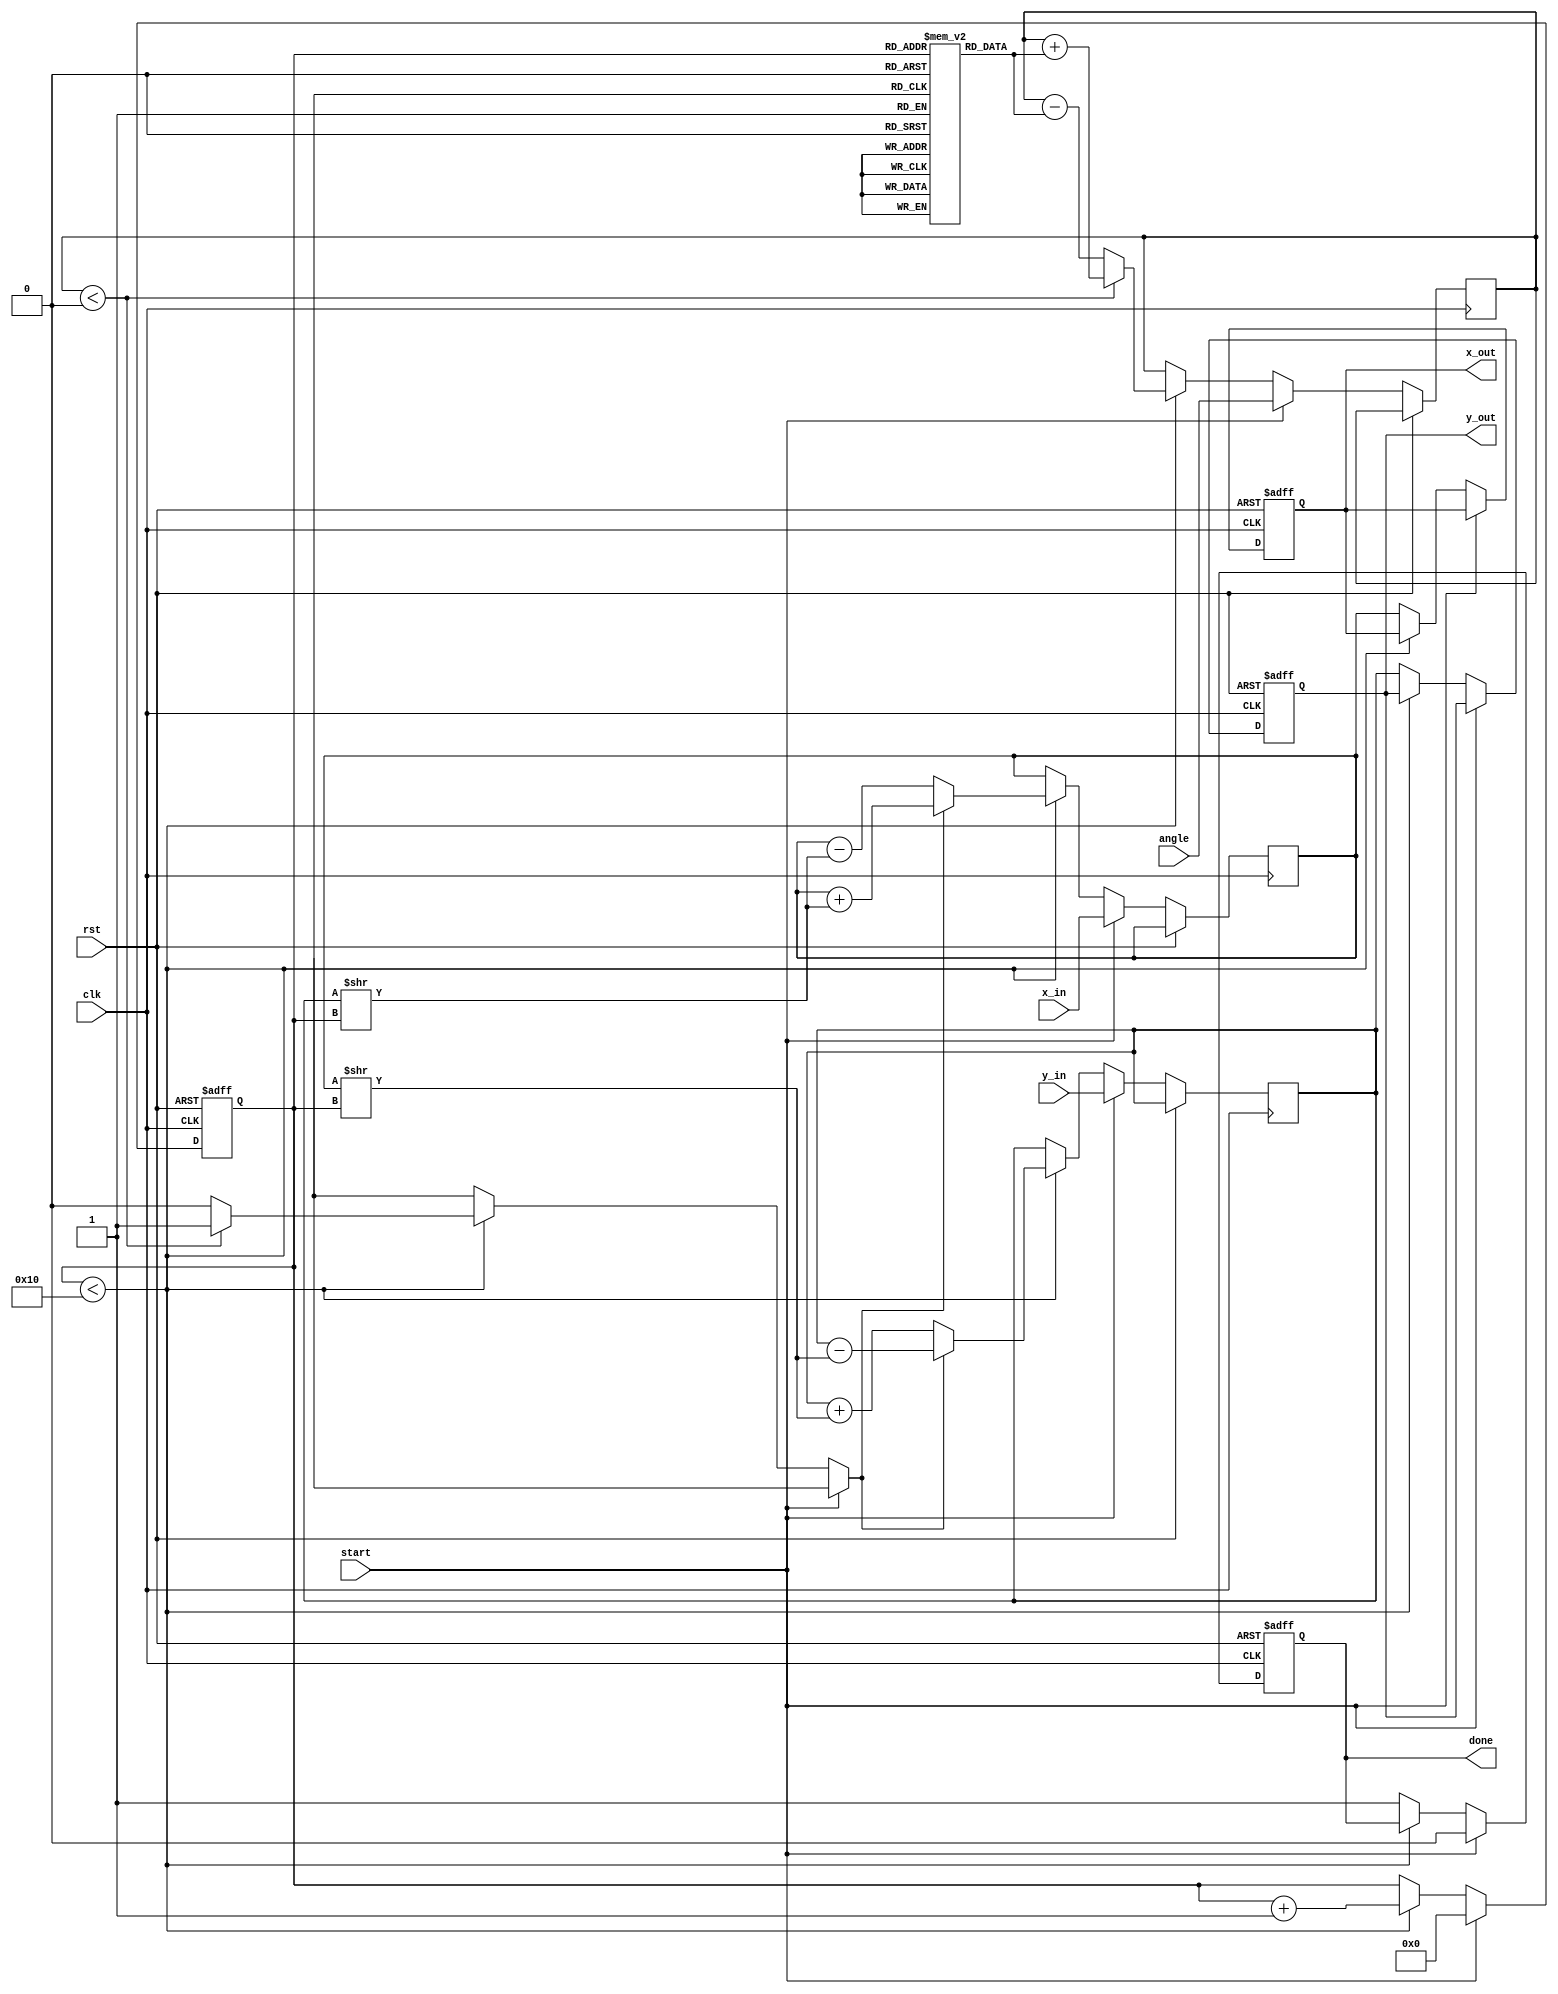
module cordic (
    input wire clk,
    input wire rst,
    input wire [15:0] angle, // Input angle in fixed-point representation
    input wire [15:0] x_in,   // Initial x vector
    input wire [15:0] y_in,   // Initial y vector
    input wire start,         // Start signal for computation
    output reg [15:0] x_out,  // Output x vector after rotation
    output reg [15:0] y_out,  // Output y vector after rotation
    output reg done           // Done signal
);

    // Parameters
    parameter NUM_ITERATIONS = 16; // Number of iterations for CORDIC
    parameter LUT_SIZE = 16;        // Size of the LUT

    // LUT for arctangent values (fixed-point representation)
    reg [15:0] atan_lut [0:LUT_SIZE-1];
    initial begin
        // Pre-computed arctangent values (in fixed-point format)
        atan_lut[0] = 16'h0000; // atan(0)
        atan_lut[1] = 16'h3243; // atan(1/2^0)
        atan_lut[2] = 16'h1DAC; // atan(1/2^1)
        atan_lut[3] = 16'h1C71; // atan(1/2^2)
        atan_lut[4] = 16'h1A62; // atan(1/2^3)
        atan_lut[5] = 16'h186A; // atan(1/2^4)
        atan_lut[6] = 16'h1718; // atan(1/2^5)
        atan_lut[7] = 16'h159A; // atan(1/2^6)
        atan_lut[8] = 16'h148A; // atan(1/2^7)
        atan_lut[9] = 16'h139B; // atan(1/2^8)
        atan_lut[10] = 16'h12D0; // atan(1/2^9)
        atan_lut[11] = 16'h1219; // atan(1/2^10)
        atan_lut[12] = 16'h1172; // atan(1/2^11)
        atan_lut[13] = 16'h10D5; // atan(1/2^12)
        atan_lut[14] = 16'h1048; // atan(1/2^13)
        atan_lut[15] = 16'h0FC9; // atan(1/2^14)
    end

    // Internal registers
    reg [15:0] x_reg, y_reg;
    reg [15:0] angle_reg;
    reg [3:0] iteration;
    reg [15:0] atan_value;
    reg direction;

    // State machine for CORDIC computation
    always @(posedge clk or posedge rst) begin
        if (rst) begin
            x_out <= 0;
            y_out <= 0;
            done <= 0;
            iteration <= 0;
        end else if (start) begin
            // Initialize registers
            x_reg <= x_in;
            y_reg <= y_in;
            angle_reg <= angle;
            iteration <= 0;
            done <= 0;
        end else if (iteration < NUM_ITERATIONS) begin
            // Fetch atan value from LUT
            atan_value = atan_lut[iteration];

            // Determine rotation direction
            if (angle_reg < 0) begin
                direction = 1; // Counterclockwise
                angle_reg = angle_reg + atan_value; // Update angle
            end else begin
                direction = 0; // Clockwise
                angle_reg = angle_reg - atan_value; // Update angle
            end

            // Perform rotation
            if (direction) begin
                // Counterclockwise rotation
                x_reg <= x_reg + (y_reg >> iteration);
                y_reg <= y_reg - (x_reg >> iteration);
            end else begin
                // Clockwise rotation
                x_reg <= x_reg - (y_reg >> iteration);
                y_reg <= y_reg + (x_reg >> iteration);
            end

            // Increment iteration
            iteration <= iteration + 1;
        end else begin
            // Output the final results
            x_out <= x_reg;
            y_out <= y_reg;
            done <= 1; // Indicate completion
        end
    end

endmodule